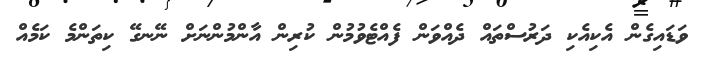
ވަޑައިގެން އެކިއެކި ދަރުސްތައް ދެއްވަން ފެއްޓެވުމުން ކުރިން އާންމުންނަށް ނޭނގޭ ކިތަންމެ ކަމެއް